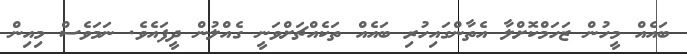
ބައެއް މީހުން ޒަހަމްކޮށްލާ އެތާންގައިހުރި ބައެއް ތަކެއްޗަށްވަނީ ގެއްލުން ދީފައެވެ. ނަމަވެސް މިއިން